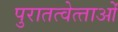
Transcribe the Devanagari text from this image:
पुरातत्‍वेत्‍ताओं